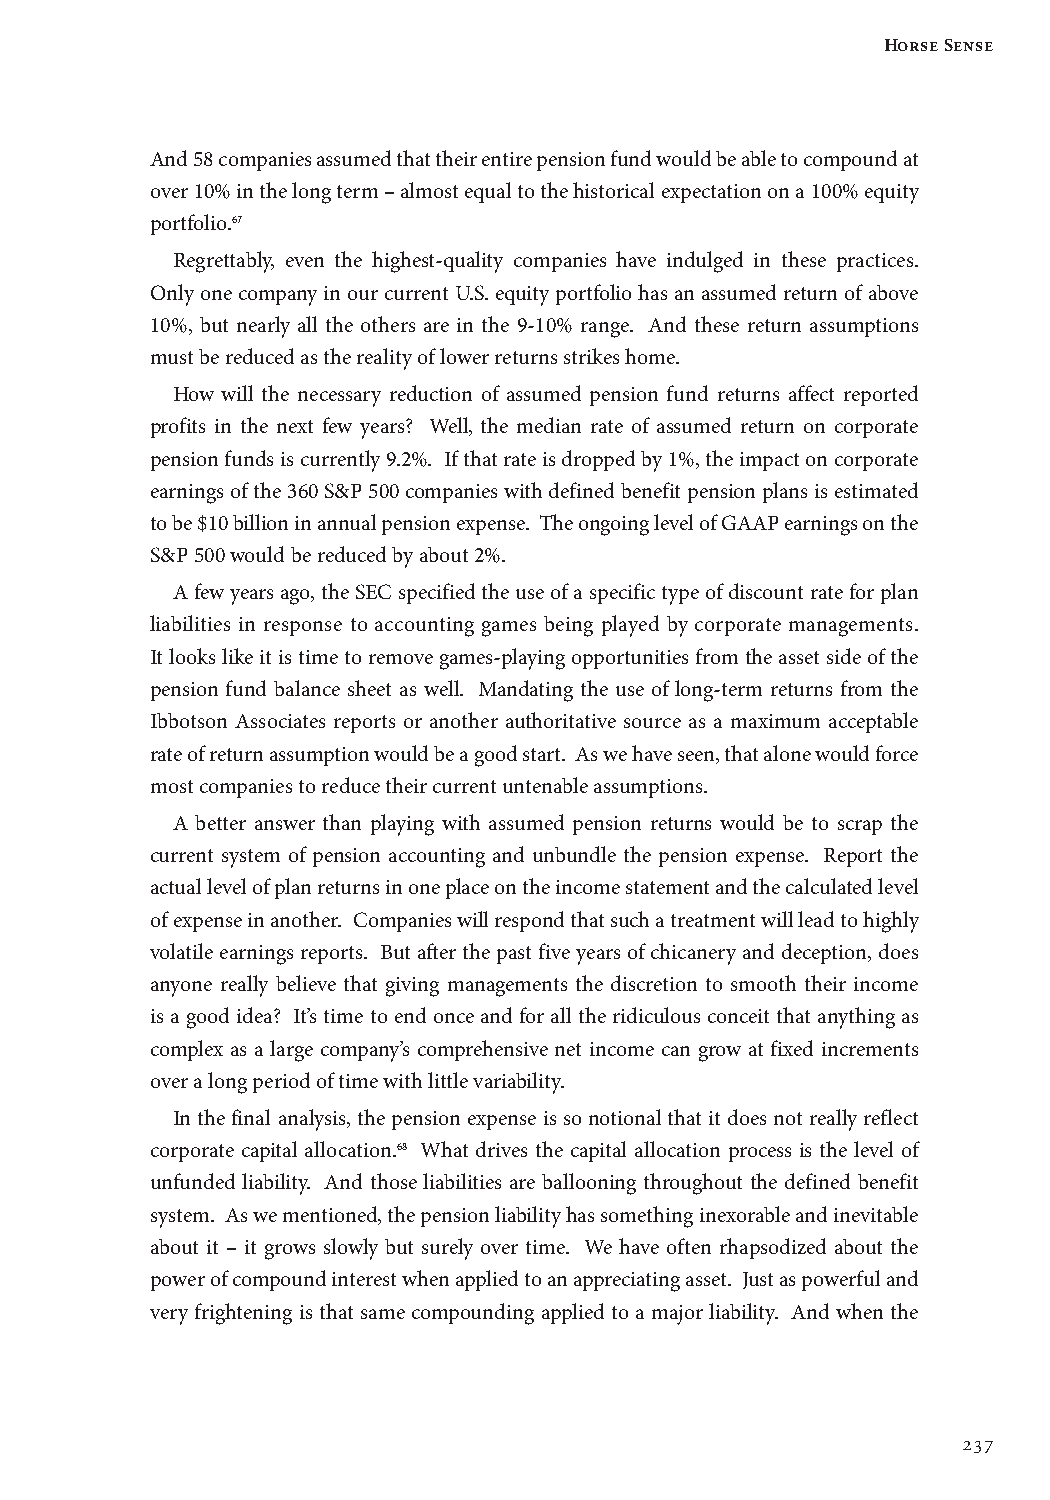
Horse Sense
 And 58 companies assumed that their entire pension fund would be able to compound at
 over 10% in the long term – almost equal to the historical expectation on a 100% equity
 portfolio.67
 Regrettably, even the highest-quality companies have indulged in these practices.
 Only one company in our current U.S. equity portfolio has an assumed return of above
 10%, but nearly all the others are in the 9-10% range. And these return assumptions
 must be reduced as the reality of lower returns strikes home.
 How will the necessary reduction of assumed pension fund returns affect reported
 profits in the next few years? Well, the median rate of assumed return on corporate
 pension funds is currently 9.2%. If that rate is dropped by 1%, the impact on corporate
 earnings of the 360 S&P 500 companies with defined benefit pension plans is estimated
 to be $10 billion in annual pension expense. The ongoing level of GAAP earnings on the
 S&P 500 would be reduced by about 2%.
 A few years ago, the SEC specified the use of a specific type of discount rate for plan
 liabilities in response to accounting games being played by corporate managements.
 It looks like it is time to remove games-playing opportunities from the asset side of the
 pension fund balance sheet as well. Mandating the use of long-term returns from the
 Ibbotson Associates reports or another authoritative source as a maximum acceptable
 rate of return assumption would be a good start. As we have seen, that alone would force
 most companies to reduce their current untenable assumptions.
 A better answer than playing with assumed pension returns would be to scrap the
 current system of pension accounting and unbundle the pension expense. Report the
 actual level of plan returns in one place on the income statement and the calculated level
 of expense in another. Companies will respond that such a treatment will lead to highly
 volatile earnings reports. But after the past five years of chicanery and deception, does
 anyone really believe that giving managements the discretion to smooth their income
 is a good idea? It’s time to end once and for all the ridiculous conceit that anything as
 complex as a large company’s comprehensive net income can grow at fixed increments
 over a long period of time with little variability.
 In the final analysis, the pension expense is so notional that it does not really reflect
 corporate capital allocation.68 What drives the capital allocation process is the level of
 unfunded liability. And those liabilities are ballooning throughout the defined benefit
 system. As we mentioned, the pension liability has something inexorable and inevitable
 about it – it grows slowly but surely over time. We have often rhapsodized about the
 power of compound interest when applied to an appreciating asset. Just as powerful and
 very frightening is that same compounding applied to a major liability. And when the
 237